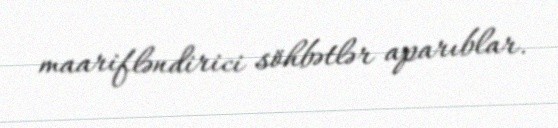
maarifləndirici söhbətlər aparıblar.